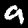
Digit: 9